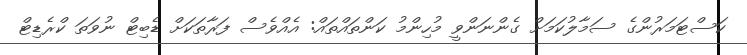
ކަސްޓަމަރުންގެ ސަމާލުކަމަށް ގެންނަންވީ މުހިންމު ކަންތައްތައް: އެއްވެސް ފަރާތަކަށް ޑެބިޓް ނުވަތަ ކްރެޑިޓް